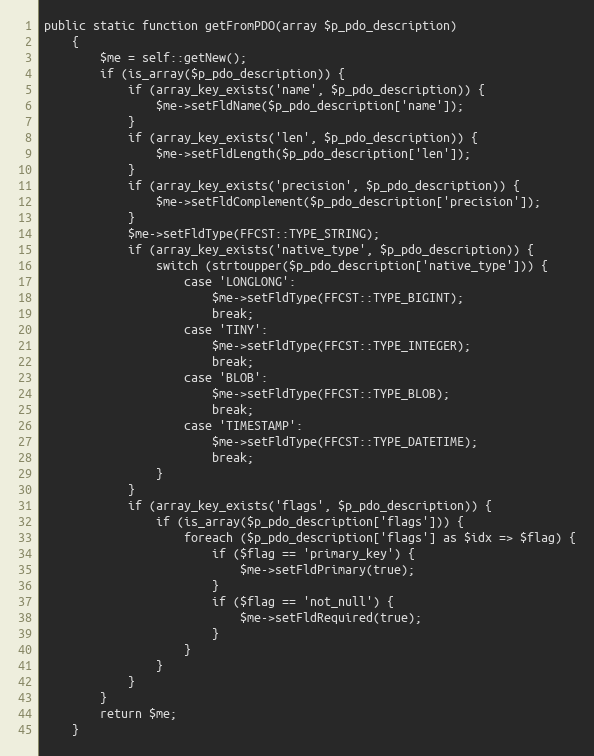
Language: PHP
public static function getFromPDO(array $p_pdo_description)
    {
        $me = self::getNew();
        if (is_array($p_pdo_description)) {
            if (array_key_exists('name', $p_pdo_description)) {
                $me->setFldName($p_pdo_description['name']);
            }
            if (array_key_exists('len', $p_pdo_description)) {
                $me->setFldLength($p_pdo_description['len']);
            }
            if (array_key_exists('precision', $p_pdo_description)) {
                $me->setFldComplement($p_pdo_description['precision']);
            }
            $me->setFldType(FFCST::TYPE_STRING);
            if (array_key_exists('native_type', $p_pdo_description)) {
                switch (strtoupper($p_pdo_description['native_type'])) {
                    case 'LONGLONG':
                        $me->setFldType(FFCST::TYPE_BIGINT);
                        break;
                    case 'TINY':
                        $me->setFldType(FFCST::TYPE_INTEGER);
                        break;
                    case 'BLOB':
                        $me->setFldType(FFCST::TYPE_BLOB);
                        break;
                    case 'TIMESTAMP':
                        $me->setFldType(FFCST::TYPE_DATETIME);
                        break;
                }
            }
            if (array_key_exists('flags', $p_pdo_description)) {
                if (is_array($p_pdo_description['flags'])) {
                    foreach ($p_pdo_description['flags'] as $idx => $flag) {
                        if ($flag == 'primary_key') {
                            $me->setFldPrimary(true);
                        }
                        if ($flag == 'not_null') {
                            $me->setFldRequired(true);
                        }
                    }
                }
            }
        }
        return $me;
    }